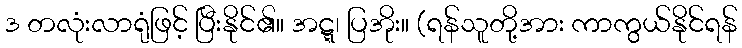
ဒ တလုံးလာရုံဖြင့် ပြီးနိုင်၏။ အဋ္ဋ၊ ပြအိုး။ (ရန်သူတို့အား ကာကွယ်နိုင်ရန်